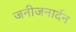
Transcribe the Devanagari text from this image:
जनीजनार्दन